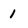
Character: 1